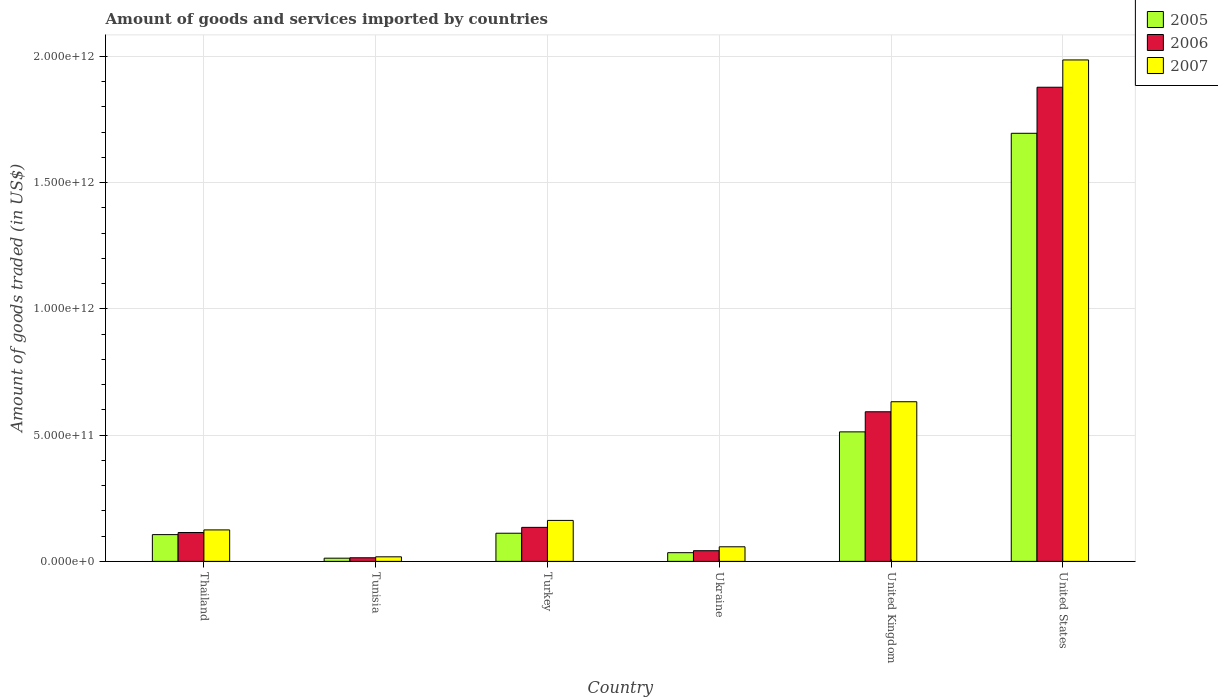
| Country | 2005 | 2006 | 2007 |
 | --- | --- | --- | --- |
 | Thailand | 1.06e+11 | 1.14e+11 | 1.25e+11 |
 | Tunisia | 1.26e+10 | 1.42e+10 | 1.8e+10 |
 | Turkey | 1.11e+11 | 1.35e+11 | 1.62e+11 |
 | Ukraine | 3.44e+10 | 4.22e+10 | 5.78e+10 |
 | United Kingdom | 5.13e+11 | 5.93e+11 | 6.32e+11 |
 | United States | 1.7e+12 | 1.88e+12 | 1.99e+12 |